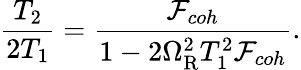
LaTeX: \frac{T_{2}}{2T_{1}}=\frac{\mathcal{F}_{coh}}{1-2\Omega_{\mathrm{R}}^{2}T_{1}^{2}\mathcal{F}_{coh}}.